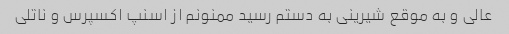
عالی و به موقع شیرینی به دستم رسید ممنونم از اسنپ اکسپرس و ناتلی